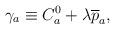
LaTeX: \begin{align*}\gamma _a\equiv C_a^0+\lambda \overline{p}_a,\end{align*}